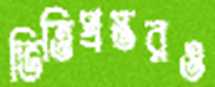
ভিত্তিপ্রস্তরও